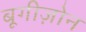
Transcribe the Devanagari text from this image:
बूगीज़ोन